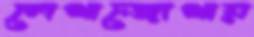
লেখাজোখায়